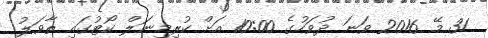
31 މޭ 2016 ވަނަ ދުވަހުގެ 10:00 އަށް ކުރިމިނަލް ކޯޓުގައި ތާވަލު